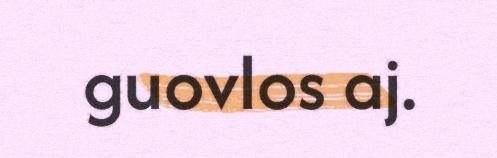
guovlos aj.